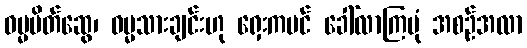
ဓမ္မမိတ်ဆွေ၊ ဓမ္မသားချင်းဟု ရှေးကပင် ခေါ်လာကြပုံ အစဉ်အလာ